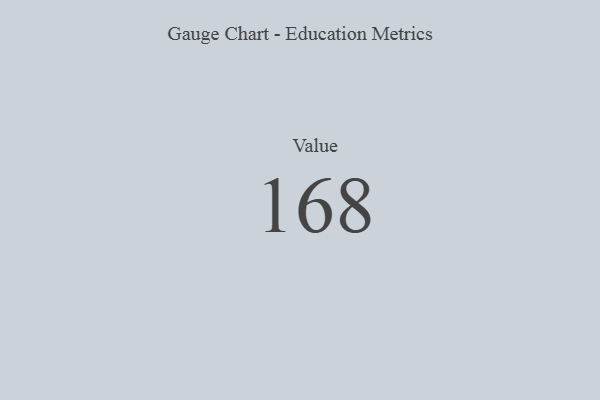
{"axis": {"x": "Metric", "y": "Value"}, "legend": [""], "data": [{"x": "Value", "y": 168, "type": ""}]}